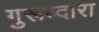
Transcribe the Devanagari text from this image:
गुरूव्‍दारा